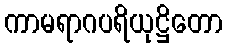
ကာမရာဂပရိယုဋ္ဌိတော